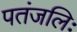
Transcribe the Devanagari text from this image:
पतंजलिः